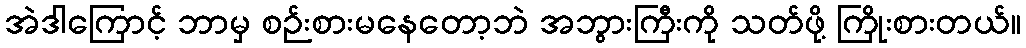
အဲဒါကြောင့် ဘာမှ စဉ်းစားမနေတော့ဘဲ အဘွားကြီးကို သတ်ဖို့ ကြိုးစားတယ်။